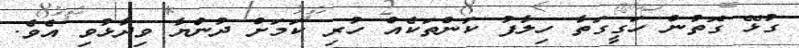
ގުޅޭ ގޮތުން ހަގީގަތާ ހިލާފު ކަންތަކެއް ހުރި ކަމަށް ދުންޔާ ވިދާޅުވި އެވެ.